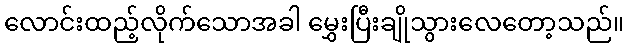
လောင်းထည့်လိုက်သောအခါ မွှေးပြီးချိုသွားလေတော့သည်။